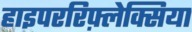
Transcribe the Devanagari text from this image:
हाइपररिफ़्लेक्सिया